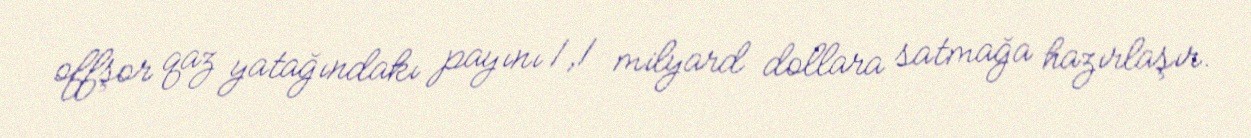
offşor qaz yatağındakı payını 1,1 milyard dollara satmağa hazırlaşır.